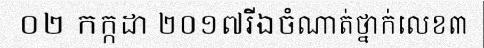
០២ កក្កដា ២០១៧រីឯចំណាត់ថ្នាក់លេខ៣